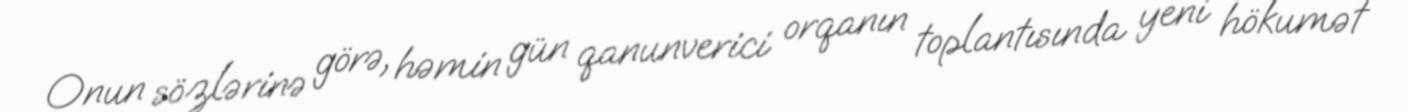
Onun sözlərinə görə, həmin gün qanunverici orqanın toplantısında yeni hökumət